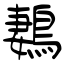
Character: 鶈